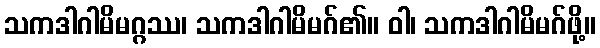
သကဒါဂါမိမဂ္ဂဿ၊ သကဒါဂါမိမဂ်၏။ ဝါ၊ သကဒါဂါမိမဂ်ဖို့။